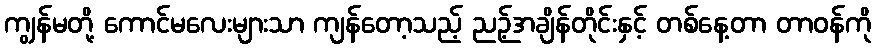
ကျွန်မတို့ ကောင်မလေးများသာ ကျန်တော့သည့် ညဉ့်အချိန်တိုင်းနှင့် တစ်နေ့တာ တာဝန်ကို